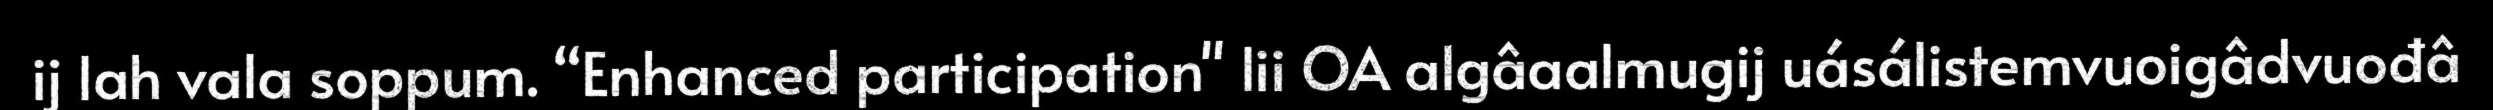
ij lah vala soppum. “Enhanced participation" lii OA algâaalmugij uásálistemvuoigâdvuođâ